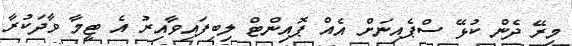
މިރޭ ދެން ކުޅޭ ސްޕެއިނަށް އެއް ޕޮއިންޓް ލިބިފައިވާއިރު އެ ޓީމާ ވާދަކުރާ